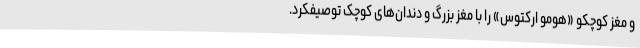
و مغز کوچکو «هومو ارکتوس» را با مغز بزرگ و دندان‌های کوچک توصیفکرد.